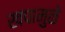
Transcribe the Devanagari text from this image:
खपामुळे